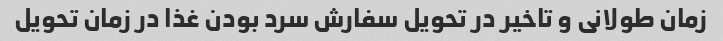
زمان طولانی و تاخیر در تحویل سفارش سرد بودن غذا در زمان تحویل